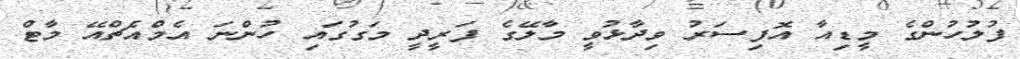
ފުލުހުންގެ މީޑިއާ އޮފިސަރު ވިދާޅުވީ މާލޭގެ ފަރީދީ މަގުގައި ހުންނަ އެމްއެޗްއޭ މާޓް